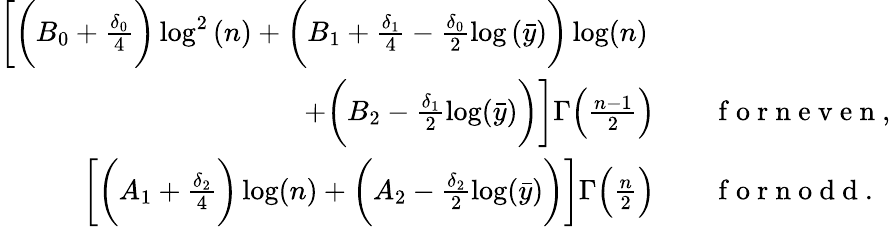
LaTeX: \begin{array}{rl}{\bigg[\bigg(B_{0}+\frac{\delta_{0}}{4}\bigg)\log^{2}{(n)}+\bigg(B_{1}+\frac{\delta_{1}}{4}-\frac{\delta_{0}}{2}\log{(\bar{y})}\bigg)\log(n)\quad~}&{{}}\\ {+\bigg(B_{2}-\frac{\delta_{1}}{2}\log(\bar{y})\bigg)\bigg]\Gamma\Big(\frac{n-1}{2}\Big)\quad}&{{}\mathrm{~f~o~r~n~e~v~e~n~},}\\ {\bigg[\bigg(A_{1}+\frac{\delta_{2}}{4}\bigg)\log(n)+\bigg(A_{2}-\frac{\delta_{2}}{2}\log(\bar{y})\bigg)\bigg]\Gamma\Big(\frac{n}{2}\Big)\quad}&{{}\mathrm{~f~o~r~n~o~d~d~}.}\end{array}